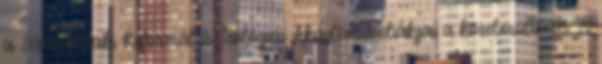
a Sárospataki Református Teológiai Akadémia diákjai a közelmúltban. A